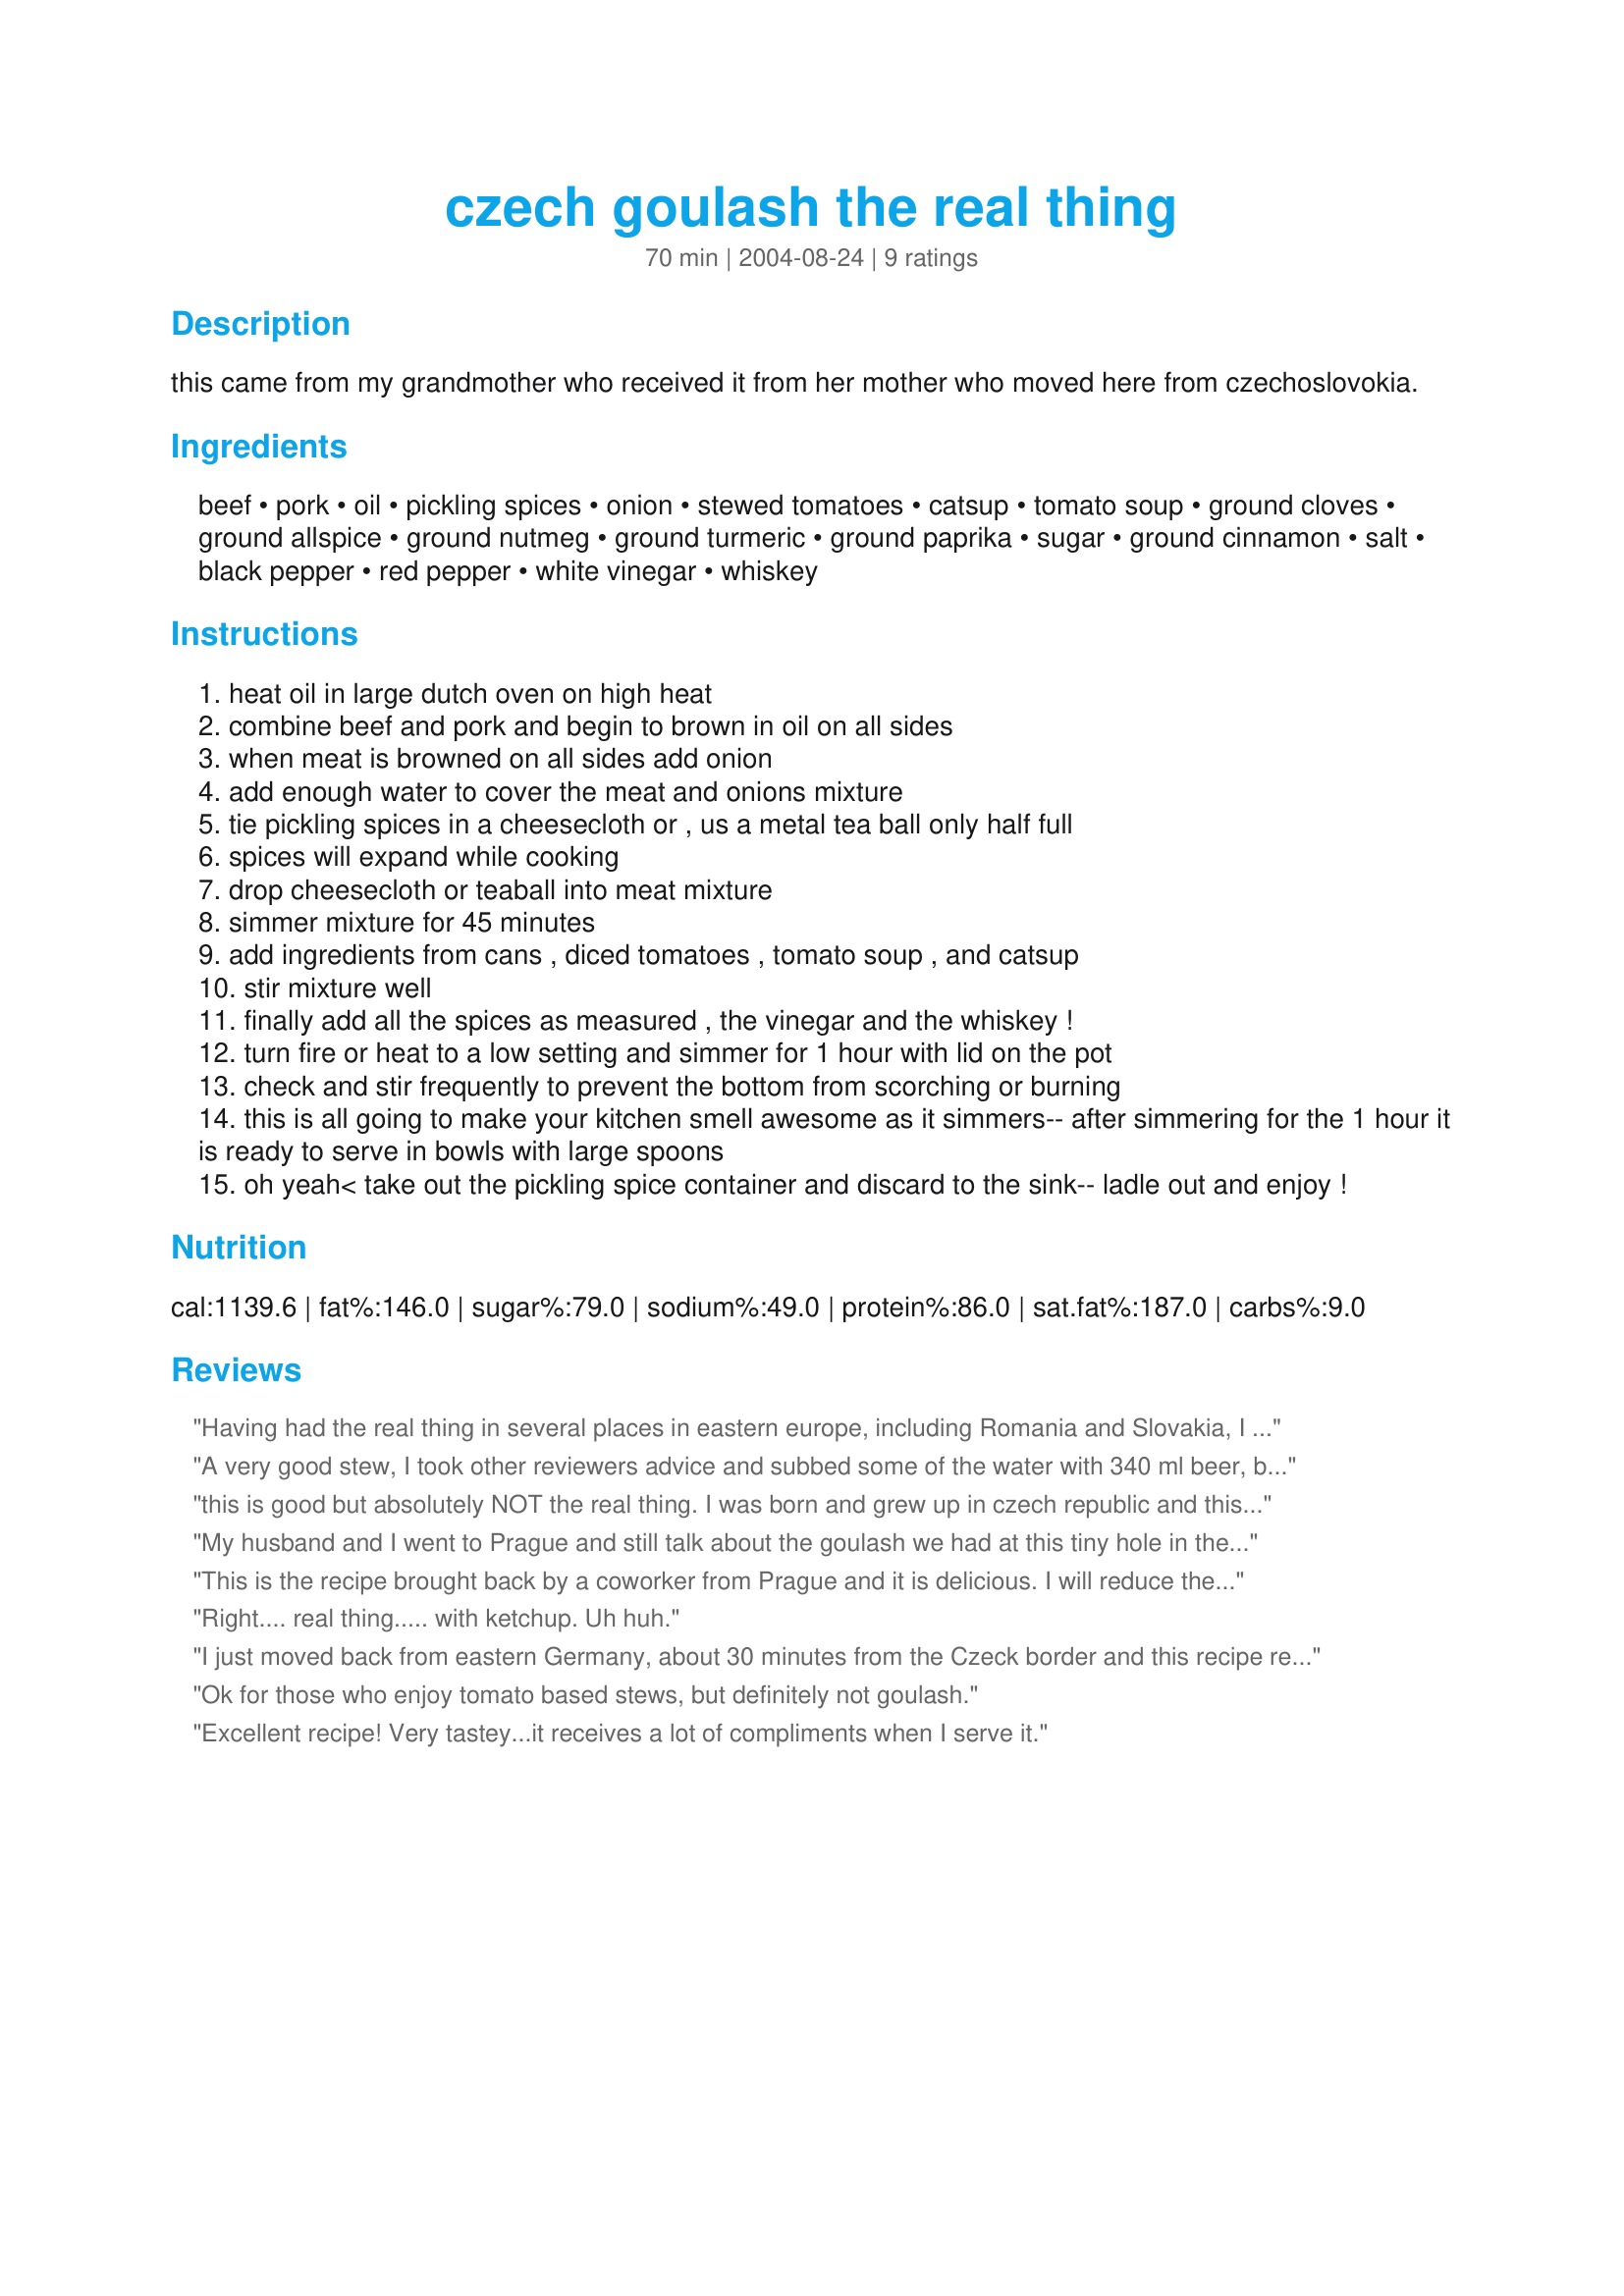
czech goulash the real thing
Preparation time: 70 minutes

this came from my grandmother who received it from her mother who moved here from czechoslovokia.

Ingredients:
beef, pork, oil, pickling spices, onion, stewed tomatoes, catsup, tomato soup, ground cloves, ground allspice, ground nutmeg, ground turmeric, ground paprika, sugar, ground cinnamon, salt, black pepper, red pepper, white vinegar, whiskey

Steps:
heat oil in large dutch oven on high heat
combine beef and pork and begin to brown in oil on all sides
when meat is browned on all sides add onion
add enough water to cover the meat and onions mixture
tie pickling spices in a cheesecloth or , us a metal tea ball only half full
spices will expand while cooking
drop cheesecloth or teaball into meat mixture
simmer mixture for 45 minutes
add ingredients from cans , diced tomatoes , tomato soup , and catsup
stir mixture well
finally add all the spices as measured , the vinegar and the whiskey !
turn fire or heat to a low setting and simmer for 1 hour with lid on the pot
check and stir frequently to prevent the bottom from scorching or burning
this is all going to make your kitchen smell awesome as it simmers-- after simmering for the 1 hour it is ready to serve in bowls with large spoons
oh yeah< take out the pickling spice container and discard to the sink-- ladle out and enjoy !

Reviews:
Having had the real thing in several places in eastern europe, including Romania and Slovakia, I thought that it was ok. The ketchup was a bit overpowering as well as the pickling spice. I am not a big fan of using processed ingredients (ie ketchup and canned soup) and I know that they dont use it in eastern europe to make goulash. I did throw in some sour cream to cut down on the overpowering spice.
A very good stew, I took other reviewers advice and subbed some of the water with 340 ml beer, but otherwise, as directed. I made this in advance, and served to guests for a Sunday luncheon, it was very well received, quite a strong tomato flavour. DH loved it.
Accompanying it were steamed white rice, and a potato bake, both went very well.
I think I might try the egg noodle idea another time, I can imagine that would make a great 'one-pot' dish.

Thanks for a great recipe, macinjim!
this is good but absolutely NOT the real thing. I was born and grew up in czech republic and this is not what you will get if you ask for a gulas in a restaurant. The real thing asks for very little ingredients. 2lbs cubed beef, 2lbs of onion, chopped, paprika- lots of it, salt, pepper, garlic and marjoram and water. Thats it. You serve it with czech dumplings ( milk, flour, yeast, salt, sugar, egg - kneed it, shape it like a loaf of bread boil it in water 20 min on each side, slice and serve)
My husband and I went to Prague and still talk about the goulash we had at this tiny hole in the wall restaurant there. Thisrecipe was the closest to that restaurant goulash that we have had. Delicious. I actually simmered the beef in some beer as well as water. Thanks for posting this recipe!
This is the recipe brought back by a coworker from Prague and it is delicious. I will reduce the cloves a bit though. I cooked it much longer than stated and it thickened up beautifully. Great over noodles.
Right.... real thing..... with ketchup. Uh huh.
I just moved back from eastern Germany, about 30 minutes from the Czeck border and this recipe reminds me of the country side around Prague. Perfect, other than the "artificial" American ingredients which I replaced with organic. Plus, I simmered the meat in half water, half dark (Eastern European) beer. Fabulous!
Ok for those who enjoy tomato based stews, but definitely not goulash.
Excellent recipe! Very tastey...it receives a lot of compliments when I serve it.
